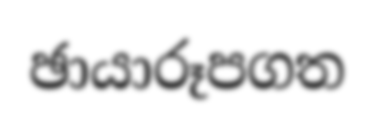
ඡායාරූපගත